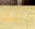
شئ